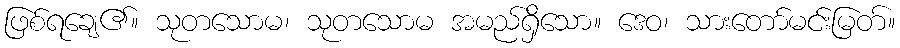
ဖြစ်ရချေ၏။ သုတသောမ၊ သုတသောမ အမည်ရှိသော။ ဒေဝ၊ သားတော်မင်းမြတ်။